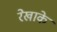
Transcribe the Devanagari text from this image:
रेखाके